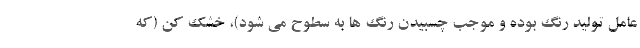
عامل تولید رنگ بوده و موجب چسبیدن رنگ ها به سطوح می شود)، خشک کن (که